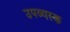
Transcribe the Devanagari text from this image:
उपव्यस्क